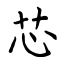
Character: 芯